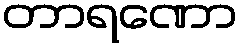
တာရဏော